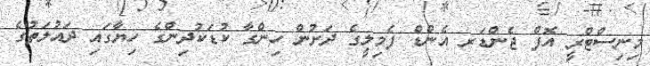
މިނިސްޓްރީ އޮފް ޖެންޑަރ އެންޑް ފެމިލީގެ ދަށުން ހިންގާ ކުޑަކުދިންގެ ހިޔާގައި ދައުލަތުގެ